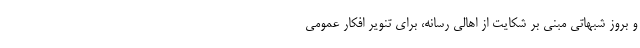
و بروز شبهاتی مبنی بر شکایت از اهالی رسانه، برای تنویر افکار عمومی